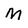
Character: M